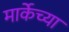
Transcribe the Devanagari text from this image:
मार्केच्या